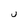
Character: U